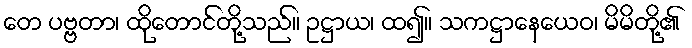
တေ ပဗ္ဗတာ၊ ထိုတောင်တို့သည်။ ဥဋ္ဌာယ၊ ထ၍။ သကဋ္ဌာနေယေဝ၊ မိမိတို့၏